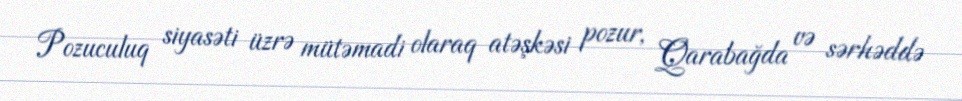
Pozuculuq siyasəti üzrə mütəmadi olaraq atəşkəsi pozur, Qarabağda və sərhəddə